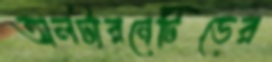
অলটারনেটিভের